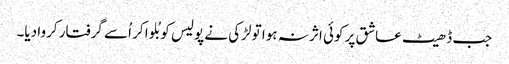
جب ڈھیٹ عاشق پر کوئی اثر نہ ہوا تو لڑکی نے پولیس کو بُلوا کر اُسے گرفتار کروا دیا۔